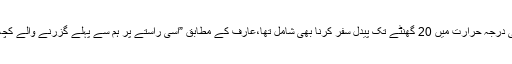
اس دوران انہوں نے انتہائی کٹھن اور دشوار گزار راستے طے کیے جس میں منفی درجہ حرارت میں 20 گھنٹے تک پیدل سفر کرنا بھی شامل تھا،عارف کے مطابق ”اسی راستے پر ہم سے پہلے گزرنے والے کچھ لوگوں کی لاشیں بھی نظر آئیں جنہیں دیکھ کر ایک لمحہ تو ہمت جواب دے گئی۔